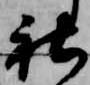
社